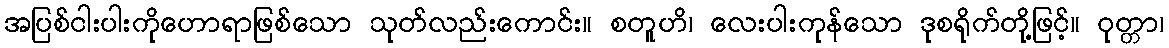
အပြစ်ငါးပါးကိုဟောရာဖြစ်သော သုတ်လည်းကောင်း။ စတူဟိ၊ လေးပါးကုန်သော ဒုစရိုက်တို့ဖြင့်။ ဝုတ္တာ၊